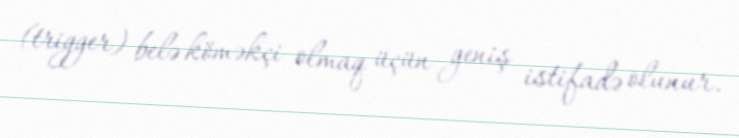
(trigger) belə köməkçi olmaq üçün geniş istifadə olunur.